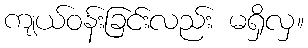
ကျယ်ဝန်းခြင်းလည်း မရှိလှ။